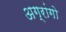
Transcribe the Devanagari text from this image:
अग्रांगो